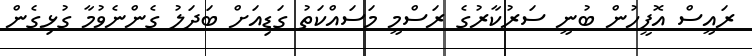
ރައީސް އޮފީހުން ބުނީ ސަރުކާރުގެ ރަސްމީ މަސައްކަތު ގަޑިއަށް ބަދަލު ގެންނެވުމާ ގުޅިގެން